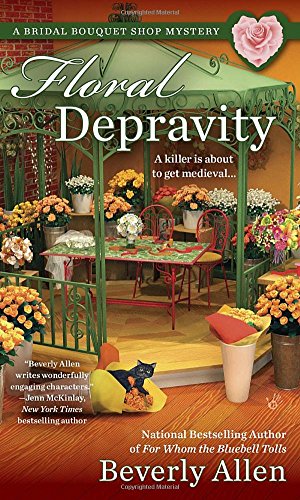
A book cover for Floral Depravity (A Bridal Bouquet Shop Mystery); Beverly Allen; Mystery, Thriller & Suspense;